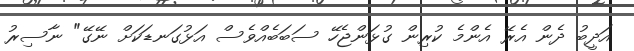
އަދީބު ދެން އެރޭ އެންމެ ކުރިން ގުޅަންޖެހޭ ސަބަބެއްވެސް އަޅުގަނޑަކަށް ނޭގޭ" ނާސިރު